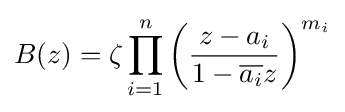
B(z)=\zeta \prod _{i=1}^{n}\left({{z-a_{i}} \over {1-{\overline {a_{i}}}z}}\right)^{m_{i}}